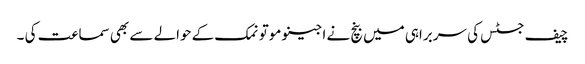
چیف جسٹس کی سربراہی میں بنچ نے اجینو موتو نمک کے حوالے سے بھی سماعت کی ۔